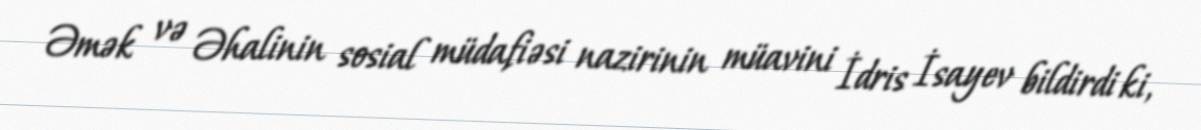
Əmək və Əhalinin sosial müdafiəsi nazirinin müavini İdris İsayev bildirdi ki,